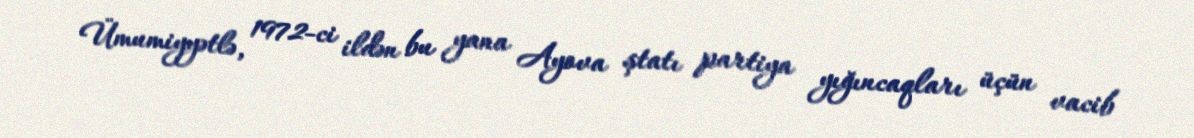
Ümumiyyətlə, 1972-ci ildən bu yana Ayova ştatı partiya yığıncaqları üçün vacib